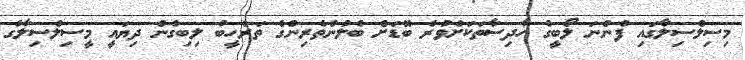
މިސިލްސިލާގައި ފެންނަ ލޯބީގެ ހާދިސާތަކަށްވުރެ ބޮޑަށް ބެލުންތެރިންގެ ތަރުހީބު ލިބިގެން ދިޔައީ މީސިލްސިލާގެ